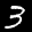
Label: 3